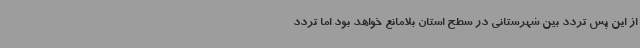
از این پس تردد بین شهرستانی در سطح استان بلامانع خواهد بود اما تردد